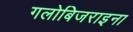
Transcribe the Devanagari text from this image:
गलोबिजराइना